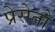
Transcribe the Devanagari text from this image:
प्रेसेतो